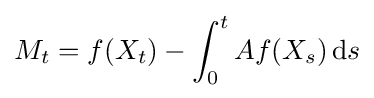
M_{t}=f(X_{t})-\int _{0}^{t}Af(X_{s})\,\mathrm {d} s